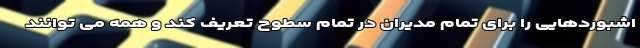
اشبوردهایی را برای تمام مدیران در تمام سطوح تعریف کند و همه می توانند